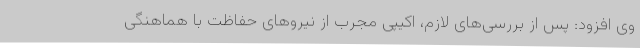
وی افزود: پس از بررسی‌های لازم، اکیپی مجرب از نیروهای حفاظت با هماهنگی